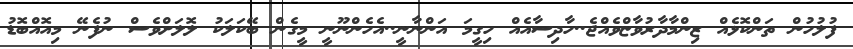
ފުލުހުން ތަންކޮޅެއް ޒިންމާދާރުވާޏްވެއްޖެ..ހާދިސާއެއް ހިގީމަ އަންނާނީ..އެހެންނޫނީ މީގެން ބޭކަލަކު ލޮލަށްވެސް ނުފެނޭ މިއޮއްބޮޑު